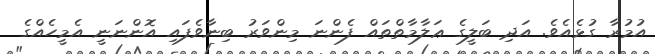
އުމުރާ ގުޅެއެވެ. އަދި ބަލީގެ ޢަލާމާތްތައް ފެންނަ މިންވަރު ބިނާވެފައި އޮންނަނީ އެމީހެއްގެ